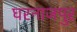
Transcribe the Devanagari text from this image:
घरनाजपुर